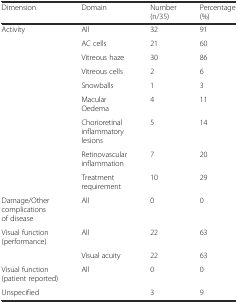
<table><thead><tr><td><b>Dimension</b></td><td><b>Domain</b></td><td><b>Number (n/35)</b></td><td><b>Percentage (%)</b></td></tr></thead><tbody><tr><td>Activity</td><td>All</td><td>32</td><td>91</td></tr><tr><td></td><td>AC cells</td><td>21</td><td>60</td></tr><tr><td></td><td>Vitreous haze</td><td>30</td><td>86</td></tr><tr><td></td><td>Vitreous cells</td><td>2</td><td>6</td></tr><tr><td></td><td>Snowballs</td><td>1</td><td>3</td></tr><tr><td></td><td>Macular Oedema</td><td>4</td><td>11</td></tr><tr><td></td><td>Chorioretinal inflammatory lesions</td><td>5</td><td>14</td></tr><tr><td></td><td>Retinovascular inflammation</td><td>7</td><td>20</td></tr><tr><td></td><td>Treatment requirement</td><td>10</td><td>29</td></tr><tr><td>Damage/Other complications of disease</td><td>All</td><td>0</td><td>0</td></tr><tr><td>Visual function (performance)</td><td>All</td><td>22</td><td>63</td></tr><tr><td></td><td>Visual acuity</td><td>22</td><td>63</td></tr><tr><td>Visual function (patient reported)</td><td>All</td><td>0</td><td>0</td></tr><tr><td>Unspecified</td><td></td><td>3</td><td>9</td></tr></tbody></table>